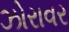
ઝોરાવર